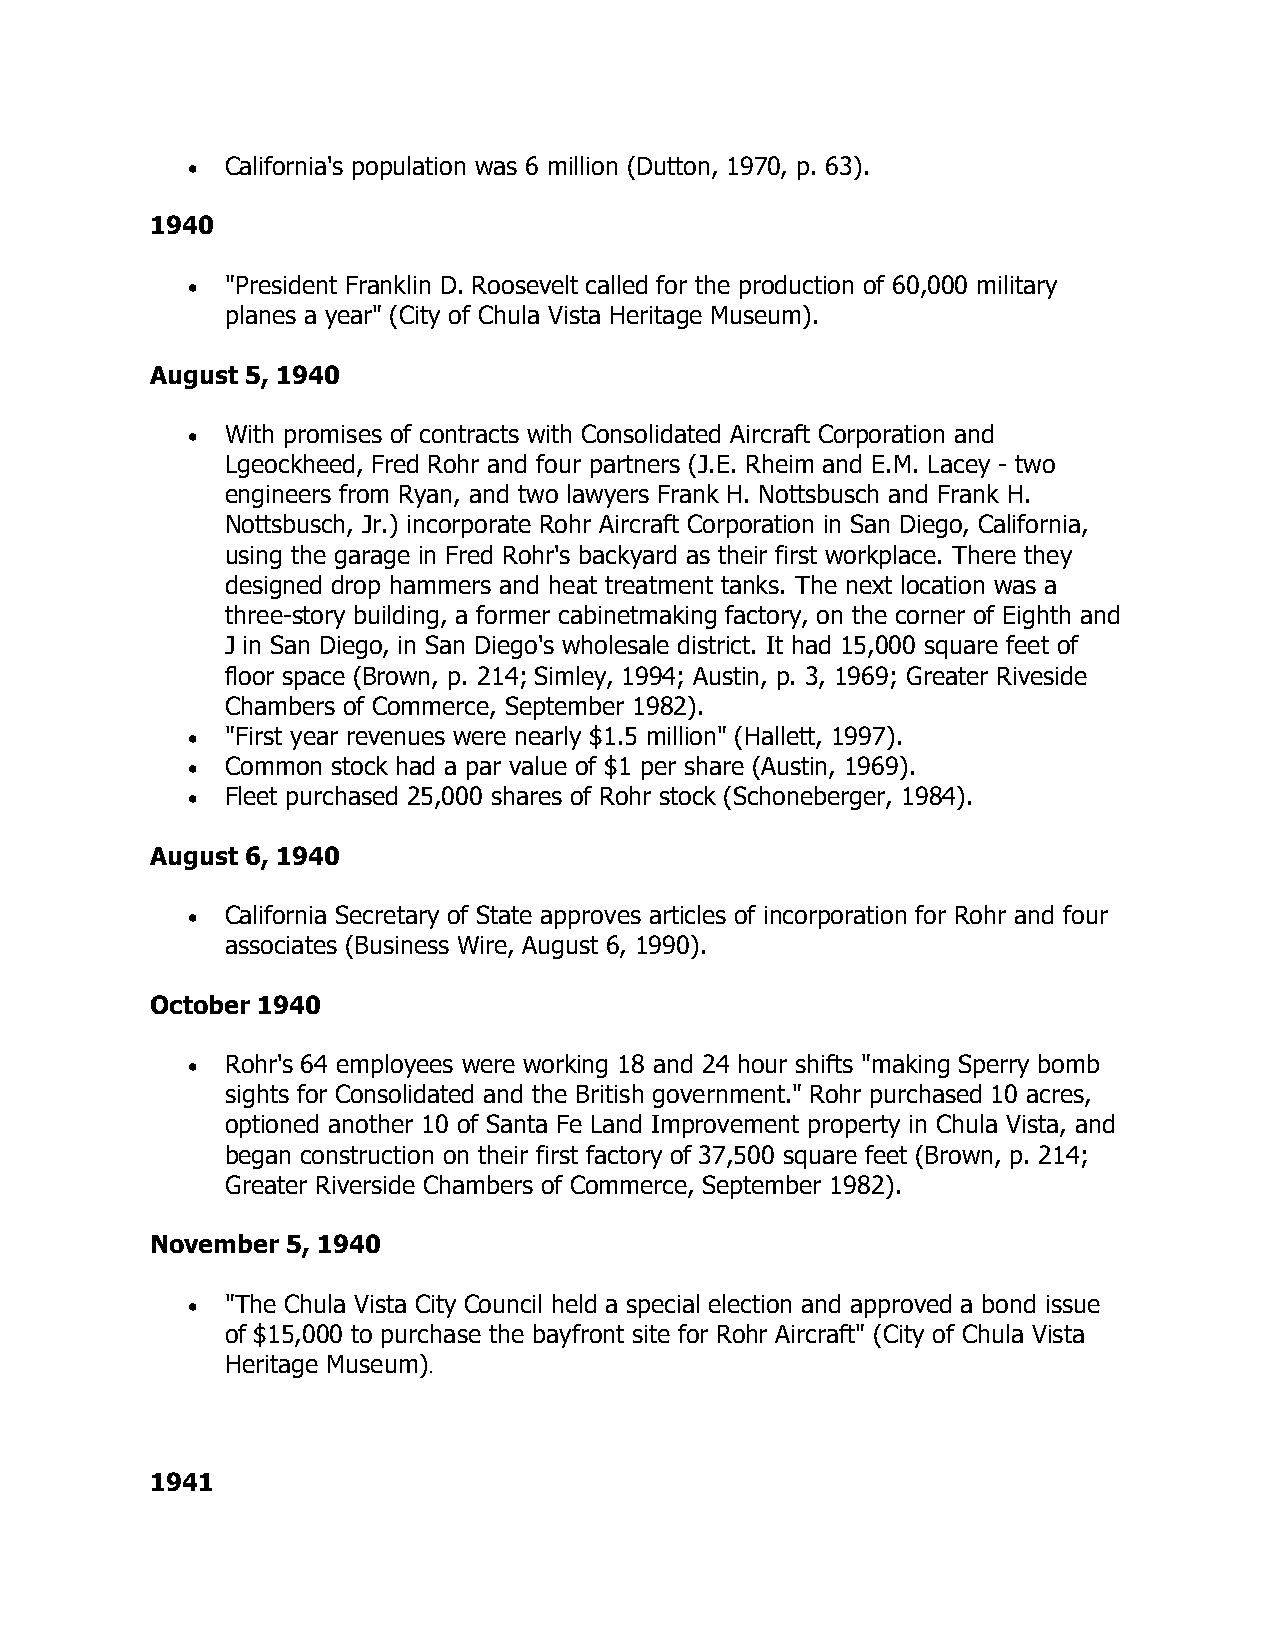
•  California's population was 6 million (Dutton, 1970, p. 63).
 1940
 •  "President Franklin D. Roosevelt called for the production of 60,000 military
 planes a year" (City of Chula Vista Heritage Museum).
 August 5, 1940
 •  With promises of contracts with Consolidated Aircraft Corporation and
 Lgeockheed, Fred Rohr and four partners (J.E. Rheim and E.M. Lacey - two
 engineers from Ryan, and two lawyers Frank H. Nottsbusch and Frank H.
 Nottsbusch, Jr.) incorporate Rohr Aircraft Corporation in San Diego, California,
 using the garage in Fred Rohr's backyard as their first workplace. There they
 designed drop hammers and heat treatment tanks. The next location was a
 three-story building, a former cabinetmaking factory, on the corner of Eighth and
 J in San Diego, in San Diego's wholesale district. It had 15,000 square feet of
 floor space (Brown, p. 214; Simley, 1994; Austin, p. 3, 1969; Greater Riveside
 Chambers of Commerce, September 1982).
 •  "First year revenues were nearly $1.5 million" (Hallett, 1997).
 •  Common stock had a par value of $1 per share (Austin, 1969).
 •  Fleet purchased 25,000 shares of Rohr stock (Schoneberger, 1984).
 August 6, 1940
 •  California Secretary of State approves articles of incorporation for Rohr and four
 associates (Business Wire, August 6, 1990).
 October 1940
 •  Rohr's 64 employees were working 18 and 24 hour shifts "making Sperry bomb
 sights for Consolidated and the British government." Rohr purchased 10 acres,
 optioned another 10 of Santa Fe Land Improvement property in Chula Vista, and
 began construction on their first factory of 37,500 square feet (Brown, p. 214;
 Greater Riverside Chambers of Commerce, September 1982).
 November 5, 1940
 •  "The Chula Vista City Council held a special election and approved a bond issue
 of $15,000 to purchase the bayfront site for Rohr Aircraft" (City of Chula Vista
 Heritage Museum).
 1941